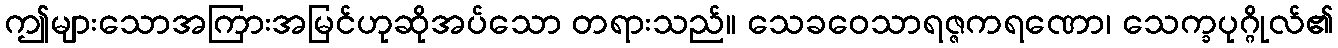
ဤများသောအကြားအမြင်ဟုဆိုအပ်သော တရားသည်။ သေခဝေသာရဇ္ဇကရဏော၊ သေက္ခပုဂ္ဂိုလ်၏